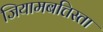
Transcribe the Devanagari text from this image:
जियामबत्तिस्ता